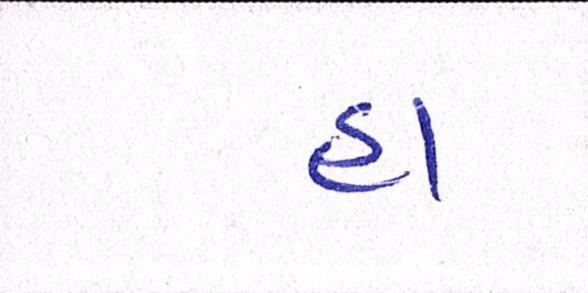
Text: હા